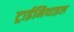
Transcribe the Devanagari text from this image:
ट्राईमिथाइल